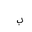
Letter: _ba